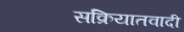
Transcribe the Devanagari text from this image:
सक्रियातवादी